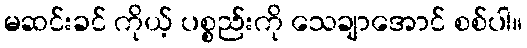
မဆင်းခင် ကိုယ့် ပစ္စည်းကို သေချာအောင် စစ်ပါ။